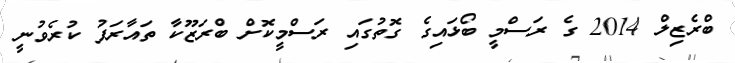
ބްރެޒިލް 2014 ގެ ރަސްމީ ބޯޅައިގެ ގޮތުގައި ރަސްމީކޮށް ބްރަޒޫކާ ތައާރަފު ކުރެވުނީ